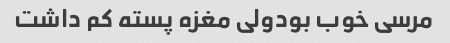
مرسی خوب بودولی مغزه پسته کم داشت